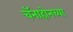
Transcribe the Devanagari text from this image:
चॅनाहोनच्या